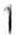
1